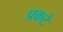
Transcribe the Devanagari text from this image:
प्रकटे